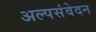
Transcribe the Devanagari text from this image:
अल्पसंवेदन